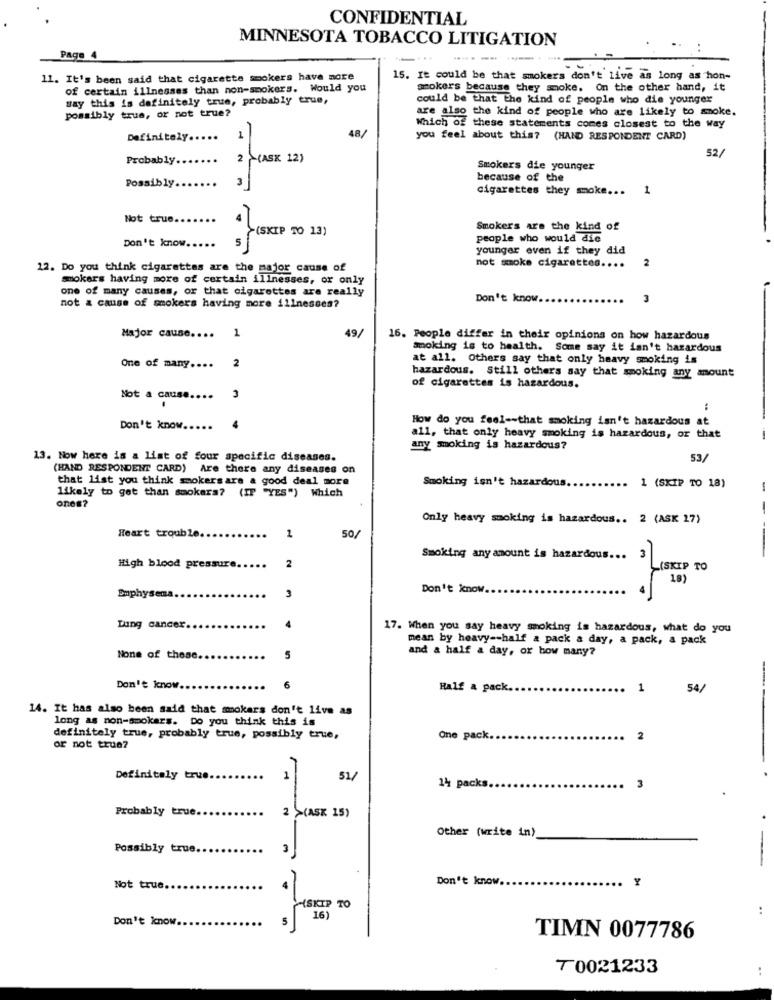
CONFIDENTIAL
MINNESOTA TOBACCO LITIGATION
Page 4
....
------ -
11. It's been said that cigarette smokers have more
15. It could be that smokers don't live as long as hon-
of certain illnesses than non-smokers. Would you
smokers because they smoke. On the other hand, it
way this is definitely true, probably true,
could be that the kind of people who die younger
possibly true, or not true?
are also the kind of people who are likely to smoke.
48/
Which of these statements comes closest to the way
Definitely ...
you feel about this? (HAND RESPONDENT CARD)
52/
Probably.
Smokers die younger
Possibly
because of the
cigarettes they smoke ... 1
Not true
Smokers are the kind of
(SKIP TO 13)
people who would die
Don't know.
5
younger even if they did
2
12. Do you think cigarettes are the major cause of
not smoke cigarettes ....
mokers having more of certain illnesses, or only
one of many causes, or that cigarettes are really
not a cause of smokers having more illnesses?
Don't know
3
1
49/
Major cause ....
16. People differ in their opinions on how hazardous
smoking is to health. Some say it isn't hazardous
2
at all. Others say that only heavy smoking is
One of many ....
hazardous. Still others say that smoking any amount
of cigarettes is hazardous.
Not a cause ....
3
How do you feel -- that smoking isn't hazardous at
Don't know .....
4
all, that only heavy smoking is hazardous, or that
any smoking is hazardous?
13. Now here is a list of four specific diseases.
53/
(HAND RESPONDENT CARD) Are there any diseases on
that list you think smokers are a good deal more
likely to get than smokers? (IF "YES") Which
Smoking isn't hazardous.
1 (SKIP TO 18)
-
ones?
-
Only heavy smoking is hazardous .. 2 (ASK 17)
50/
Heart trouble.
1
2
Smoking any amount is hazardous ..
High blood pressure ..
Emphysema
3
Don't know
Lung cancer.
4
17. When you say heavy smoking is hazardous, what do you
mean by heavy -- half a pack a day, a pack, a pack
and a half & day, or bow many?
None of those
5
Don't know.
Half a pack.
1
54/
14. It has also been said that mmokars don't live as
long as non-smokers. Do you think this is
definitely true, probably true, possibly true,
One pack.
..
2
or not true?
Definitely true.
1
51/
3
14 packs ..
Probably true
2 >(ASK 15)
Other (write in)
Possibly true.
Don't know.
Y
Not true.
..
Don't know.
16)
TIMN 0077786
70021233
..